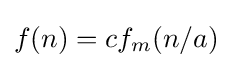
f(n)=cf_{m}(n/a)